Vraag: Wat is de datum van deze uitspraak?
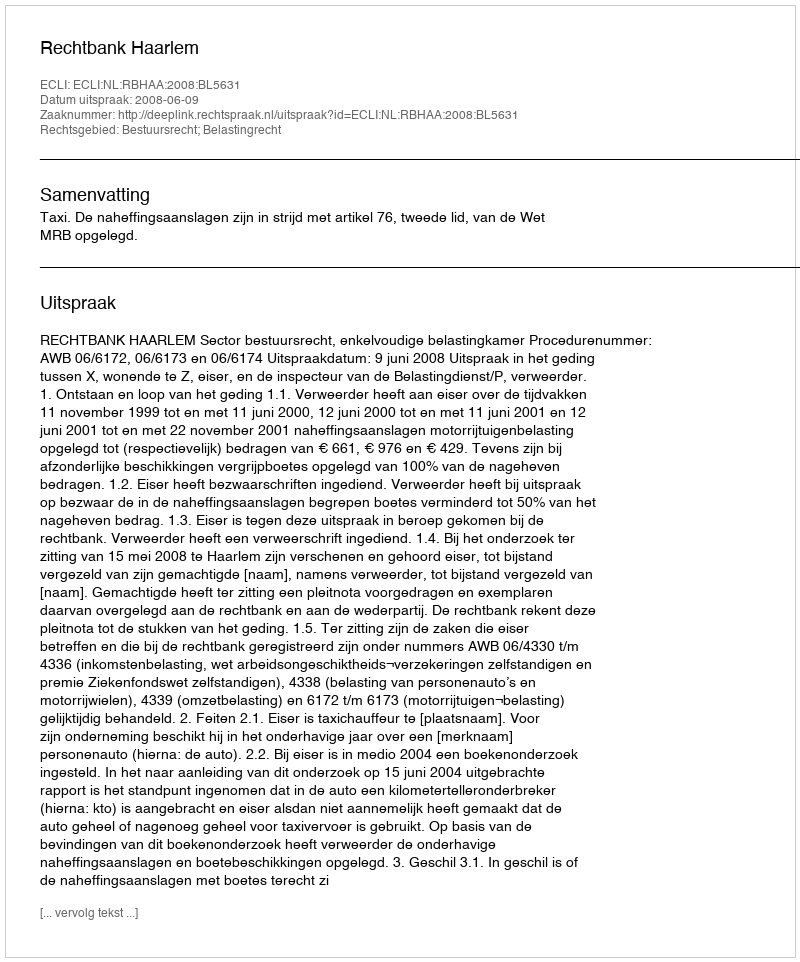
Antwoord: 2008-06-09